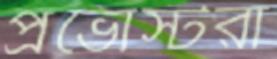
প্রভোস্টরা